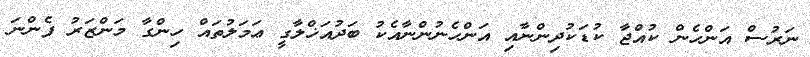
ނަރުސް އަންހެން ކުއްޖާ ކުޑަކުދިންނާއި އަންހެނުންނާއެކު ބަދުއަޚްލާގީ ޢަމަލުތައް ހިންގާ މަންޒަރު ފެންނަ